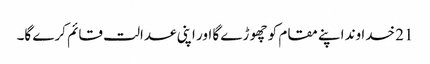
21 خدا وند اپنے مقام کو چھو ڑے گا اور اپنی عدالت قائم کرے گا۔